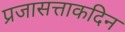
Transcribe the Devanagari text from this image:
प्रजासत्ताकदिन